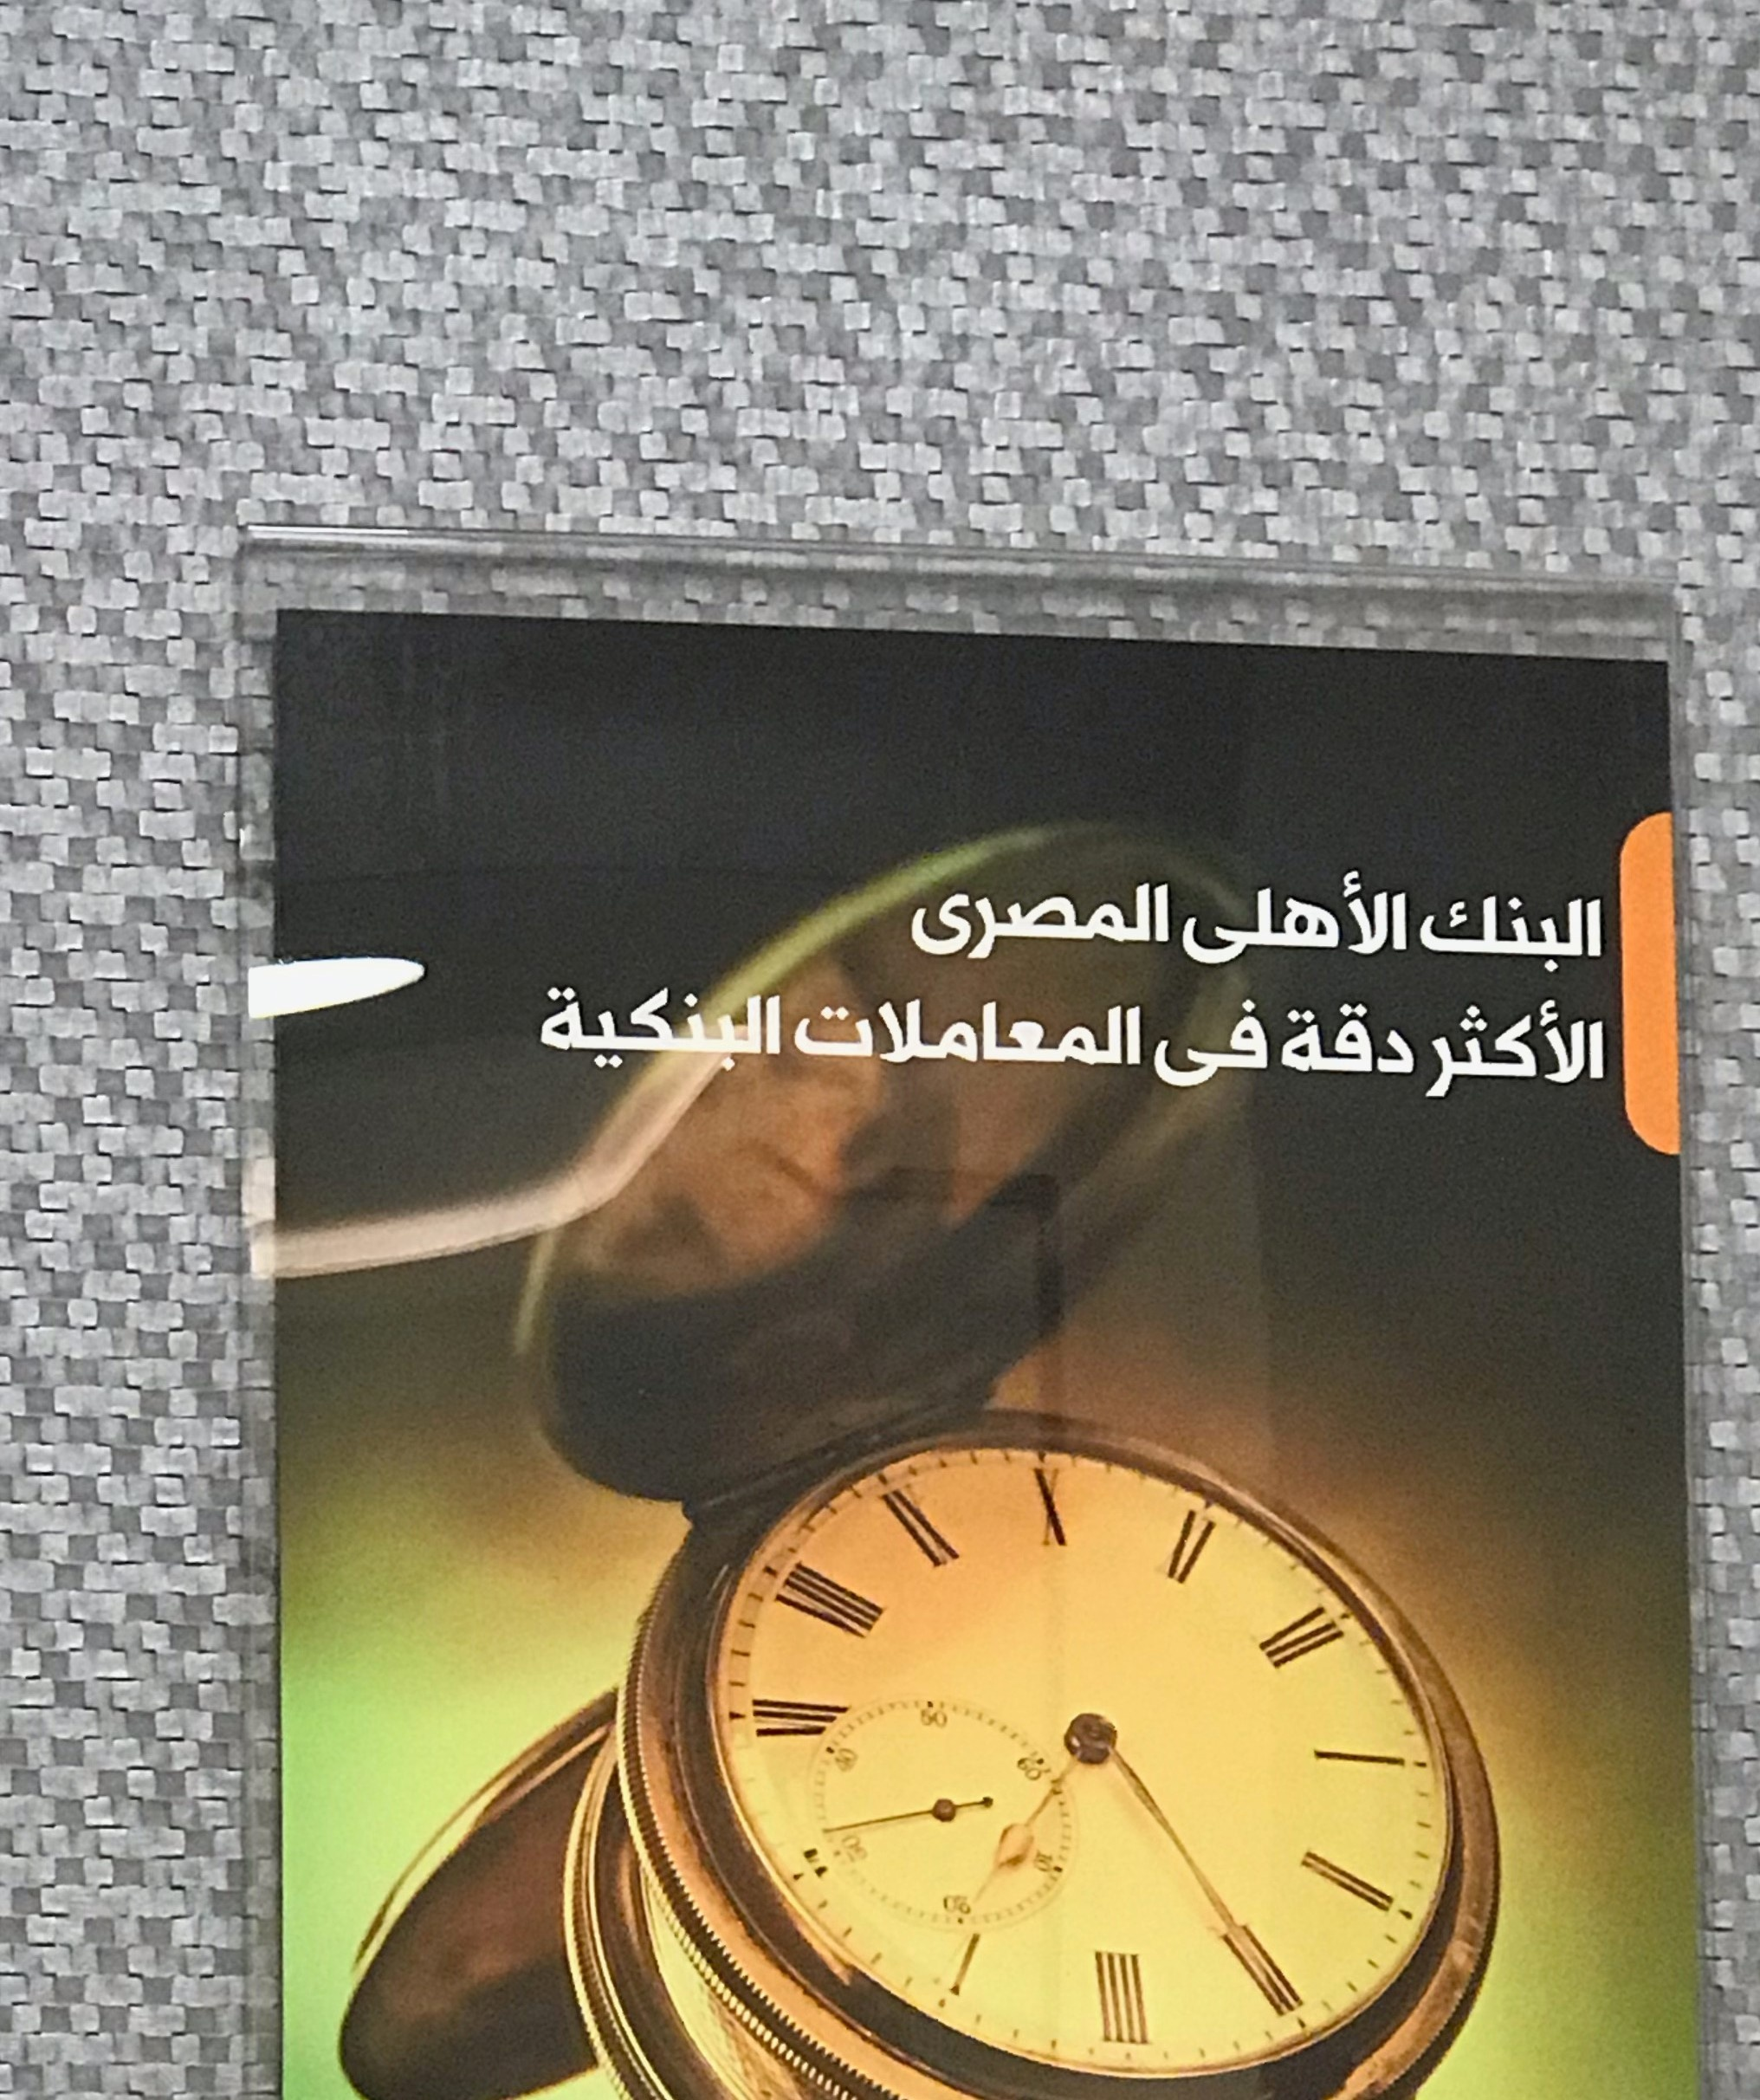
Text in image: الأهلى المصرى البنك البنكية المعاملات فى دقة الأكثر